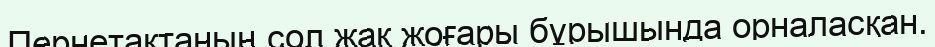
Пернетақтаның сол жақ жоғары бұрышында орналасқан.